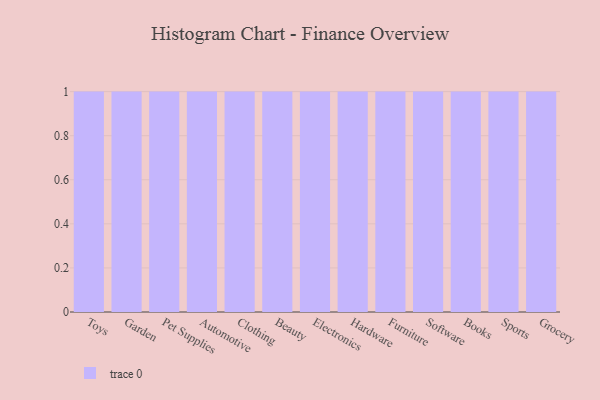
{"axis": {"x": "Category", "y": "Energy Usage (MWh)"}, "legend": [""], "data": [{"x": "Toys", "y": 40, "type": ""}, {"x": "Garden", "y": 65, "type": ""}, {"x": "Pet Supplies", "y": 25, "type": ""}, {"x": "Automotive", "y": 62, "type": ""}, {"x": "Clothing", "y": 69, "type": ""}, {"x": "Beauty", "y": 3, "type": ""}, {"x": "Electronics", "y": 77, "type": ""}, {"x": "Hardware", "y": 74, "type": ""}, {"x": "Furniture", "y": 3, "type": ""}, {"x": "Software", "y": 41, "type": ""}, {"x": "Books", "y": 56, "type": ""}, {"x": "Sports", "y": 31, "type": ""}, {"x": "Grocery", "y": 33, "type": ""}]}